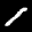
Label: 1